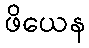
ဖိယေန